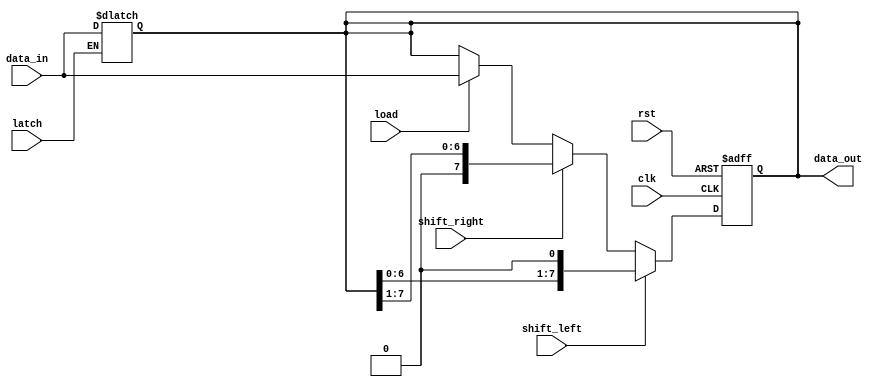
module ShiftRegister (
  input wire clk,          // Clock input
  input wire rst,          // Reset input
  input wire shift_left,   // Shift left control signal
  input wire shift_right,  // Shift right control signal
  input wire load,         // Load control signal
  input wire latch,        // Latch control signal
  input wire [7:0] data_in, // Input data
  output reg [7:0] data_out // Output data
);

  always @ (latch, data_in) begin
    if (latch) begin
        // Latch the input data if latch is active
        data_out <= data_in;
    end
  end
  
  always @(posedge clk or posedge rst) begin
    if (rst) begin
      // Reset the shift register
      data_out <= 8'b0;
    end else begin
      // Shift left if shift_left is active
      if (shift_left) begin
        data_out <= data_out << 1;
      end
      // Shift right if shift_right is active
      else if (shift_right) begin
        data_out <= data_out >> 1;
      end
      // Load the input data if load is active
      else if (load) begin
        data_out <= data_in;
      end
    end
  end
endmodule